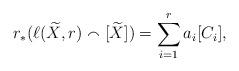
LaTeX: \begin{align*} r_*{(\ell(\widetilde{X},r) \smallfrown [\widetilde{X}])} = \sum_{i=1}^r a_i[C_i],\end{align*}